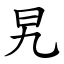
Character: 旯